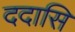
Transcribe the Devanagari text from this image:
ददासि